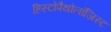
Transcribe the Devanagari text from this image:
हिस्टोपैथोलॉजिस्ट